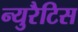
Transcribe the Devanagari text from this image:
न्युरैटिस